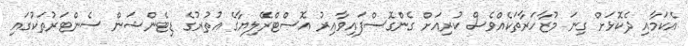
އެކަމާއި ދެކޮޅަށް ގިނަ މުޒާހަރާތަކެއްވެސް ކުރިއަށް ގެންގޮސްފައިވާއިރު އޮސްޓްރޭލިޔާގެ އުތުރުގެ ޑިޓެންޝަން ސެންޓަރުތަކުގައި